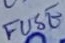
Text: FUSE